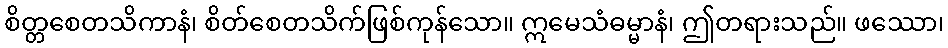
စိတ္တစေတသိကာနံ၊ စိတ်စေတသိက်ဖြစ်ကုန်သော။ ဣမေသံဓမ္မာနံ၊ ဤတရားသည်။ ဖဿော၊